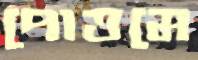
পোত্তমে